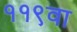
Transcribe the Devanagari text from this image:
११९वा